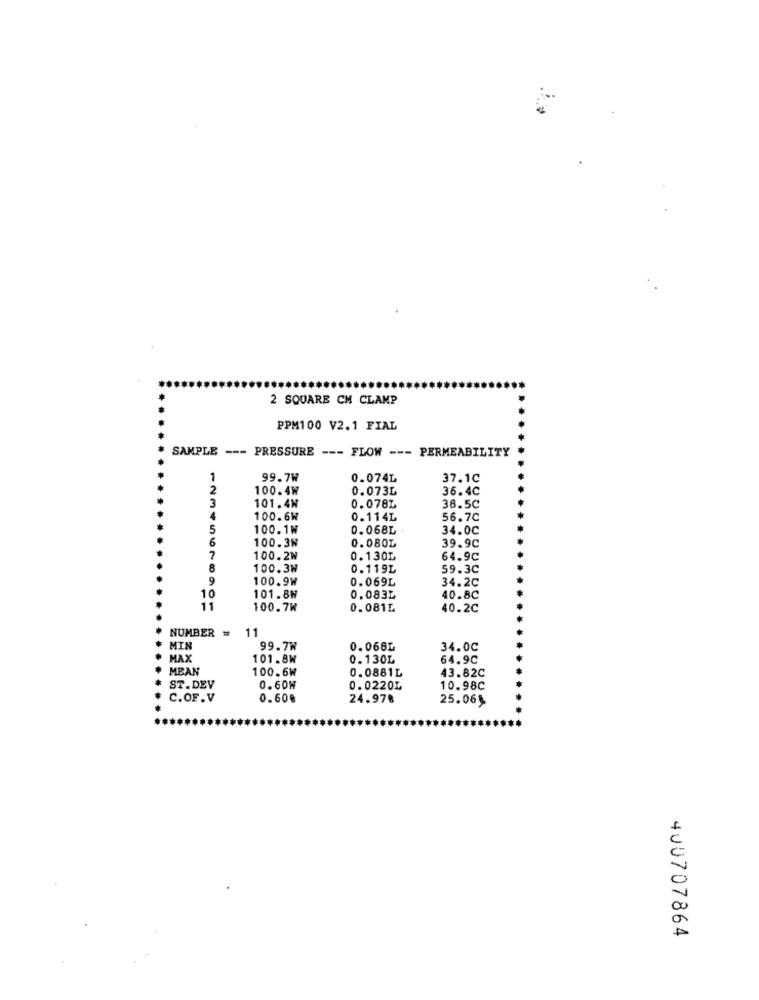
2 SQUARE CM CLAMP
PPM100 V2.1 FIAL
SAMPLE --- PRESSURE --- FLOW --- PERMEABILITY
1
99.7W
0.074L
37.1C
2
100.4W
0.073L
36.4C
3
101.4W
0.0781
38.5℃
4
100.6W
0.114L
56.7C
5
100.1₩
0.068L
34.00
6
0.0801
39.9C
100.3W
7
100.2₦
0.130L
64.9C
8
100.3W
0.119L
59.3C
9
100.9W
0.069L
34.20
10
101.8N
0.083L
40.80
11
100.7W
0.081L
40.2C
NUMBER =
11
MI
99.7W
0.068L
34.00
MAX
101.8W
0.130L
64.9C
MEAN
100.6W
0.0881L
43.82C
ST.DEV
0.60W
0.0220L
10.98C
C.OF.V
0.60€
24.978
25.06%
400707864